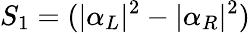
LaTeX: S_{1}=(|\alpha_{L}|^{2}-|\alpha_{R}|^{2})